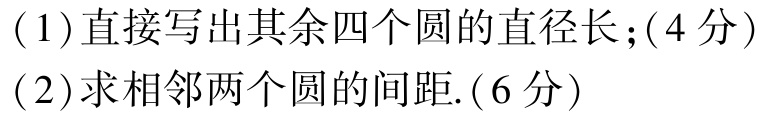
(1)直接写出其余四个圆的直径长;$(4分)$

(2)求相邻两个圆的间距.$(6分)$